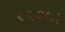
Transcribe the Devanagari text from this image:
१९२५।